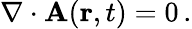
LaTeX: \nabla\cdot{\mathbf{A}}(\mathbf{r},t)=0\, .